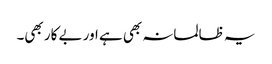
یہ ظالمانہ بھی ہے اور بے کار بھی۔